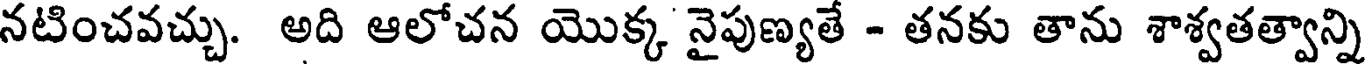
నటించవచ్చు. అది ఆలోచన యొక్క నైపుణ్యతే - తనకు తాను శాశ్వతత్వాన్ని